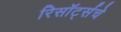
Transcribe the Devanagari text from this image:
रिसॉर्ट्सचे